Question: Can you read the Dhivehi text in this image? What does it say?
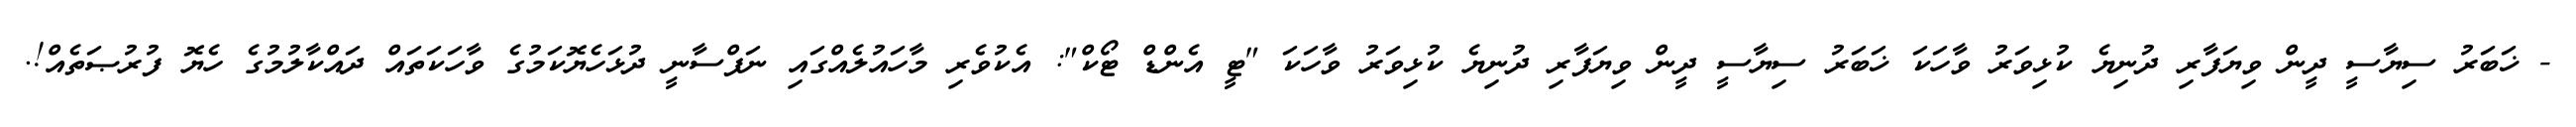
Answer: - ޚަބަރު ސިޔާސީ ދީން ވިޔަފާރި ދުނިޔެ ކުޅިވަރު ވާހަކަ ޚަބަރު ސިޔާސީ ދީން ވިޔަފާރި ދުނިޔެ ކުޅިވަރު ވާހަކަ "ޓީ އެންޑް ޓޯކް": އެކުވެރި މާހައުލެއްގައި ނަފްސާނީ ދުޅަހެޔޮކަމުގެ ވާހަކަތައް ދައްކާލުމުގެ ހެޔޮ ފުރުޞަތެއް!.